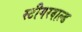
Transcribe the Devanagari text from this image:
स्टीगरवाल्ड